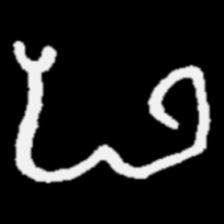
Pyu character \u2014 Myanmar letter: ဖ (romanized: pha)